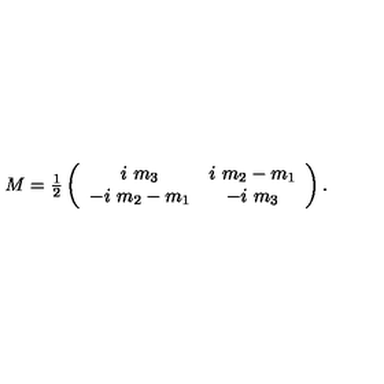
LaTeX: M = \textstyle { \frac { 1 } { 2 } } \left( \begin{array} { c c } { i \ m _ { 3 } } & { i \ m _ { 2 } - m _ { 1 } } \\ { - i \ m _ { 2 } - m _ { 1 } } & { - i \ m _ { 3 } } \\ \end{array} \right) .